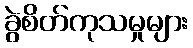
ခွဲစိတ်ကုသမှုများ